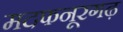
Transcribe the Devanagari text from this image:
मदफनूरगढ़